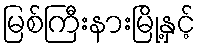
မြစ်ကြီးနားမြို့နှင့်